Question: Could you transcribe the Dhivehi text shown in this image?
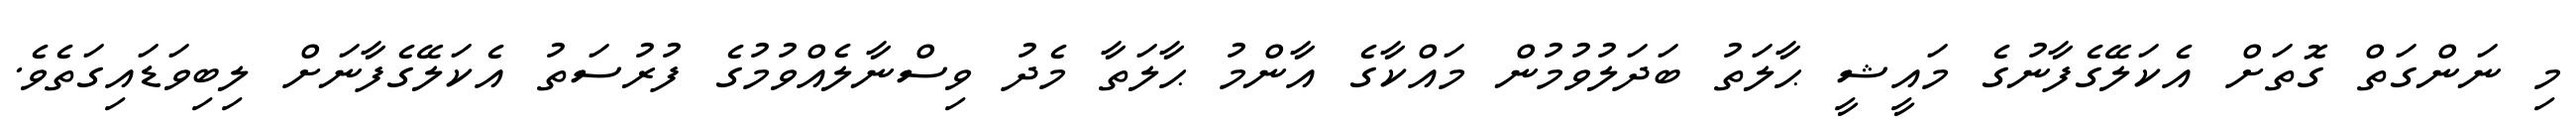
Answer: މި ނަންގަތް ގޮތަށް އެކަލޭގެފާނުގެ މައީޝީ ޙާލަތު ބަދަލުވުމުން މައްކާގެ އާންމު ޙާލަތާ މެދު ވިސްނާލެއްވުމުގެ ފުރުސަތު އެކަލޭގެފާނަށް ލިބިވަޑައިގަތެވެ.